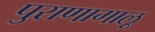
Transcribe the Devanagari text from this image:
पुराणागालू